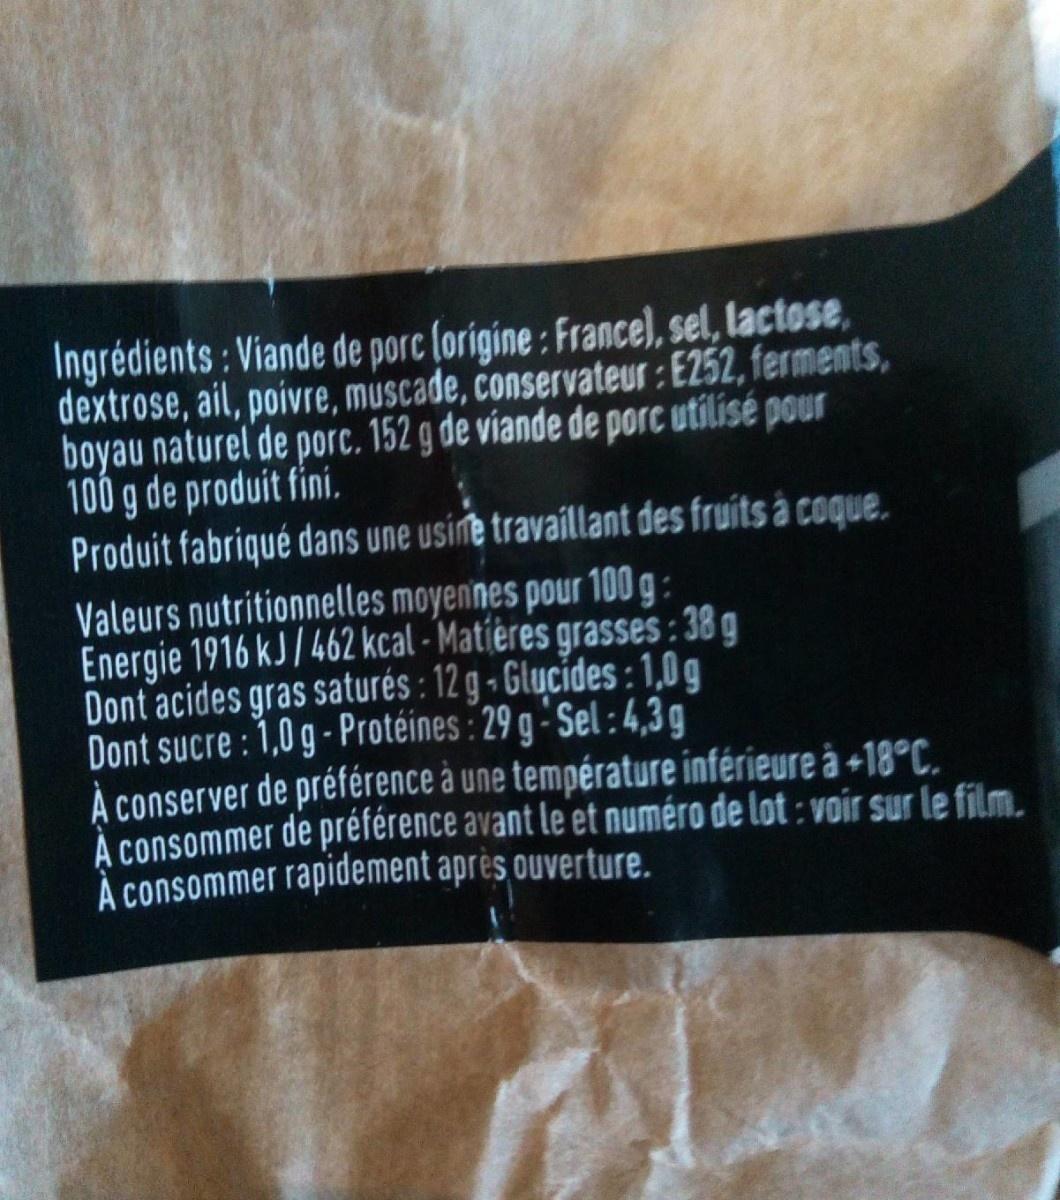
Ingrédients : Viande de porc (origine: France), sel, lactose, dextrose, ail, poivre, muscade, conservateur : E252, ferments, boyau naturel de porc. 152 g de viande de porc utilisé pour 100 g de produit fini. Produit fabriqué dans une usine travaillant des fruits à coque. Valeurs nutritionnelles moyennes pour 100 g : Energie 1916 kJ/ 462 kcal - Matieres grasses : 38 g Dont acides gras saturés : 12 g - Glucides : 1,0 g Dont sucre : 1,0 g- Protéines : 29 g - Sel : 4,3g À conserver de préférence à une température inférieure à +18°C. À consommer de préférence avant le et numéro de lot : voir sur le film. À consommer rapidement après ouverture.